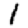
Digit: 1